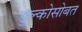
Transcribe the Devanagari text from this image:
डुल्कोसोबत